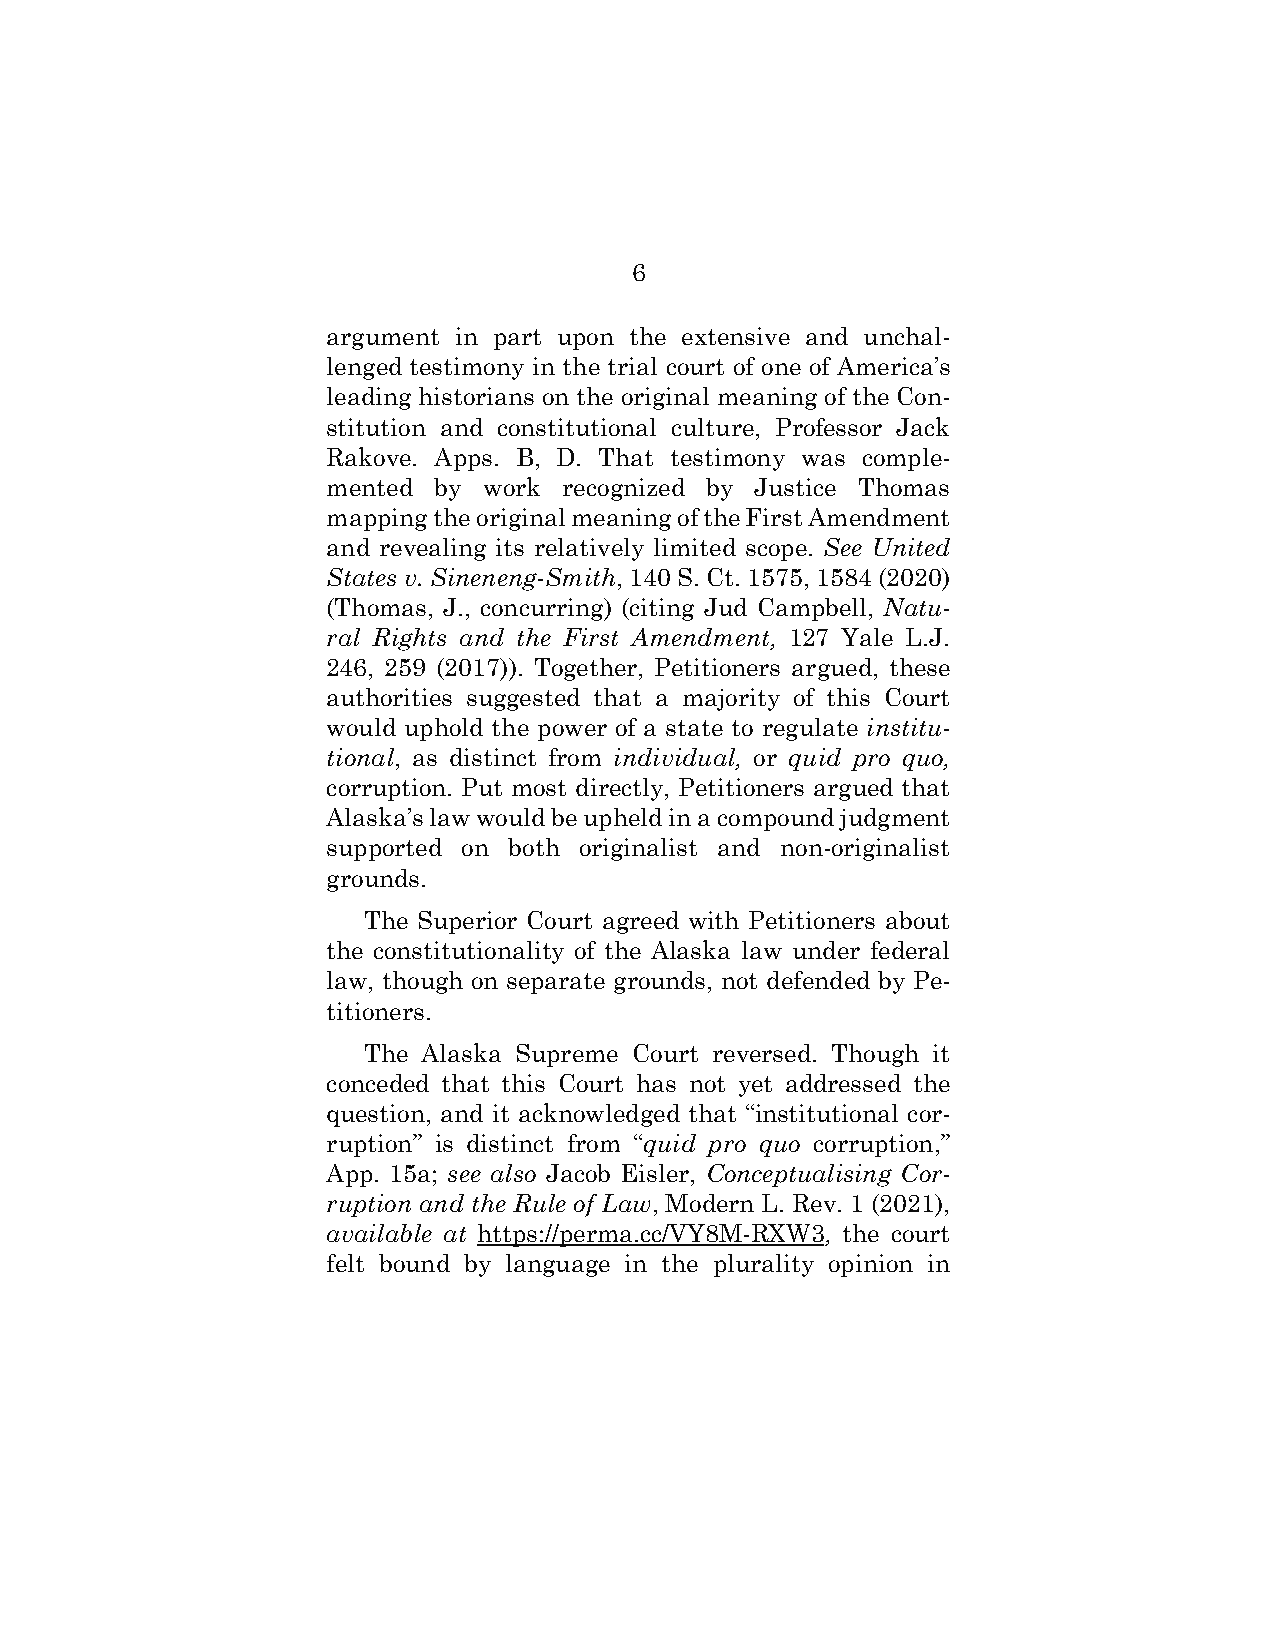
6
 argument in part upon the extensive and unchal-
 lenged testimony in the trial court of one of America’s
 leading historians on the original meaning of the Con-
 stitution and constitutional culture, Professor Jack
 Rakove. Apps. B, D. That testimony was comple-
 mented by work recognized by Justice Thomas
 mapping the original meaning of the First Amendment
 and revealing its relatively limited scope. See United
 States v. Sineneng-Smith, 140 S. Ct. 1575, 1584 (2020)
 (Thomas, J., concurring) (citing Jud Campbell, Natu-
 ral Rights and the First Amendment, 127 Yale L.J.
 246, 259 (2017)). Together, Petitioners argued, these
 authorities suggested that a majority of this Court
 would uphold the power of a state to regulate institu-
 tional, as distinct from individual, or quid pro quo,
 corruption. Put most directly, Petitioners argued that
 Alaska’s law would be upheld in a compound judgment
 supported on both originalist and non-originalist
 grounds.
 The Superior Court agreed with Petitioners about
 the constitutionality of the Alaska law under federal
 law, though on separate grounds, not defended by Pe-
 titioners.
 The Alaska Supreme Court reversed. Though it
 conceded that this Court has not yet addressed the
 question, and it acknowledged that “institutional cor-
 ruption” is distinct from “quid pro quo corruption,”
 App. 15a; see also Jacob Eisler, Conceptualising Cor-
 ruption and the Rule of Law, Modern L. Rev. 1 (2021),
 available at https://perma.cc/VY8M-RXW3, the court
 felt bound by language in the plurality opinion in